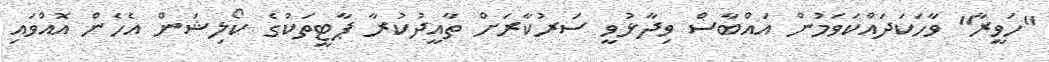
"ހަވީރާ" ވާހަކަދައްކަވަމުން އައްބާސް ވިދާޅުވީ ސަރުކާރަށް ތާއީދުކުރާ ޕާޓީތަކުގެ ކޯލިޝަން އެހެން އޮއްވައި